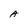
Character: A